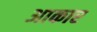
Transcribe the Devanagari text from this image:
अाकार